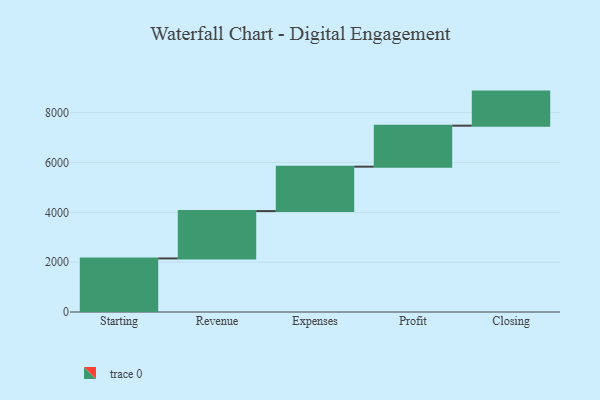
{"axis": {"x": "Step", "y": "Value"}, "legend": [""], "data": [{"x": "Starting", "y": 2150.0, "type": ""}, {"x": "Revenue", "y": 1900.0, "type": ""}, {"x": "Expenses", "y": 1782.0, "type": ""}, {"x": "Profit", "y": 1645.0, "type": ""}, {"x": "Closing", "y": 1367.0, "type": ""}]}